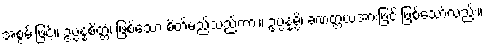
အစွမ်းဖြင့်။ ဥပ္ပန္နစိတ္တံ၊ ဖြစ်သော စိတ်မည်သည်ကား။ ဥပ္ပန္နမ္ပိ၊ ခဏတ္တယအားဖြင့် ဖြစ်သော်လည်း။